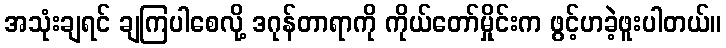
အသုံးချရင် ချကြပါစေလို့ ဒဂုန်တာရာကို ကိုယ်တော်မှိုင်းက ဖွင့်ဟခဲ့ဖူးပါတယ်။